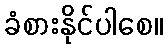
ခံစားနိုင်ပါစေ။